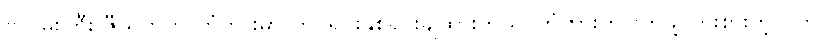
ဗိုလ်မှူးကြီး ဇီယတ်က တံတားမှာ တပ်ရင်းနှစ်ရင်းချထားတယ်၊ တံတားကိုဖြတ်ဖို့ ကြိုးစားတဲ့လူကို